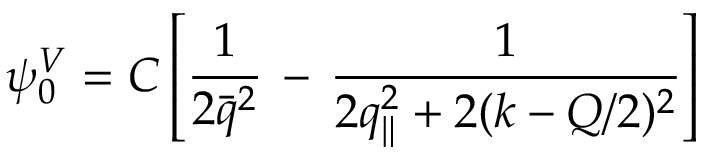
\psi _ { 0 } ^ { V } = { \cal C } \left[ \frac 1 { 2 \bar { q } ^ { 2 } } \, - \, \frac 1 { 2 q _ { \| } ^ { 2 } + 2 ( k - Q / 2 ) ^ { 2 } } \right]